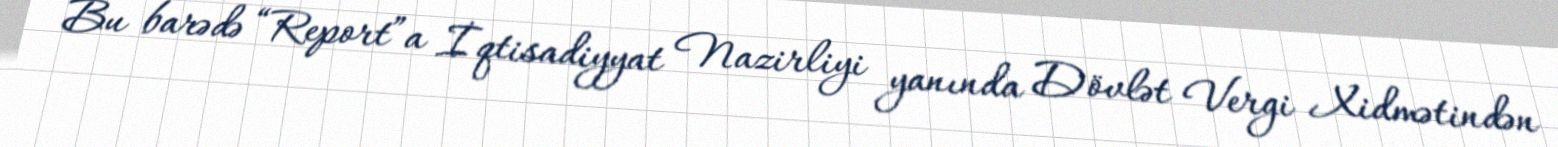
Bu barədə “Report”a İqtisadiyyat Nazirliyi yanında Dövlət Vergi Xidmətindən